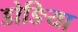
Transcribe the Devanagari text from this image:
डोङिया